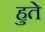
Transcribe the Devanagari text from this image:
हुते